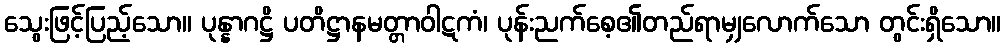
သွေးဖြင့်ပြည့်သော။ ပုန္နာဂဋ္ဌိ ပတိဋ္ဌာနမတ္တာဝါဋကံ၊ ပုန်းညက်စေ့၏တည်ရာမျှလောက်သော တွင်းရှိသော။